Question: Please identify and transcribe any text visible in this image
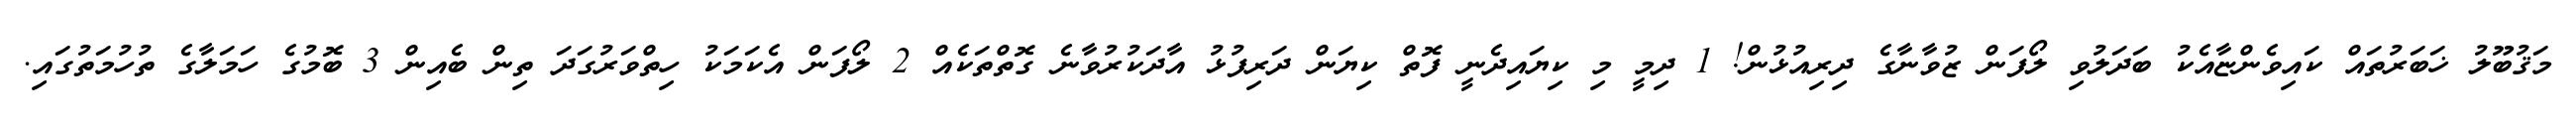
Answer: މަޤުބޫލު ޚަބަރުތައް ކައިވެންޏާއެކު ބަދަލުވި ލޯފަން ޒުވާނާގެ ދިރިއުޅުން! 1 ދިމީ މި ކިޔައިދެނީ ފޮތް ކިޔަން ދަރިފުޅު އާދަކުރުވާނެ ގޮތްތަކެއް 2 ލޯފަން އެކަމަކު ހިތްވަރުގަދަ ތިން ބެއިން 3 ބޮމުގެ ހަމަލާގެ ތުހުމަތުގައި.